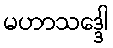
မဟာသဒ္ဒေါ